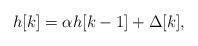
LaTeX: \begin{align*}h [k]=\alpha h [k-1]+\Delta[k],\end{align*}